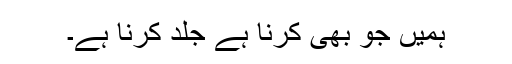
ہمیں جو بھی کرنا ہے جلد کرنا ہے۔